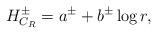
LaTeX: \begin{align*}H^\pm_{C_R}=a^\pm+b^\pm \log r,\end{align*}